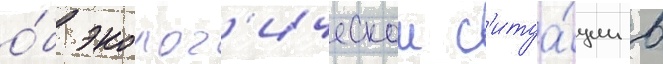
о́б эколог'ическои с'итуа́ции в